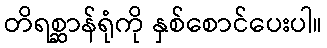
တိရစ္ဆာန်ရုံကို နှစ်စောင်ပေးပါ။